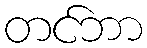
တင်ဘာ